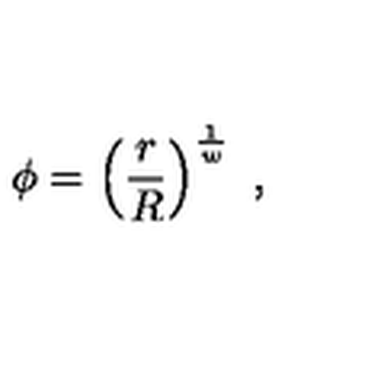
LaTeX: \phi = \left( { \frac { r } { R } } \right) ^ { \frac { 1 } { w } } \ ,